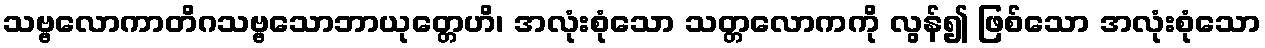
သဗ္ဗလောကာတိဂသဗ္ဗသောဘာယုတ္တေဟိ၊ အလုံးစုံသော သတ္တလောကကို လွန်၍ ဖြစ်သော အလုံးစုံသော